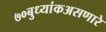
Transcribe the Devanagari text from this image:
७०बुध्यांकअसणारे